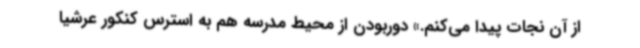
از آن نجات پیدا می‌کنم.» دوربودن از محیط مدرسه هم به استرس کنکور عرشیا